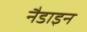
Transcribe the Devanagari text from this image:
नैडाइन